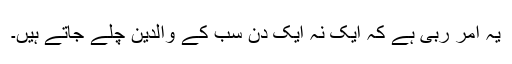
یہ امر ربی ہے کہ ایک نہ ایک دن سب کے والدین چلے جاتے ہیں۔